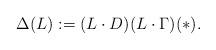
LaTeX: \begin{align*}\Delta(L):=(L\cdot D) (L \cdot \Gamma) (*).\end{align*}